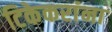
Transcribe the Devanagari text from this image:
टिकेकरांना